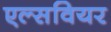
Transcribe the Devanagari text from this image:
एल्सवियर